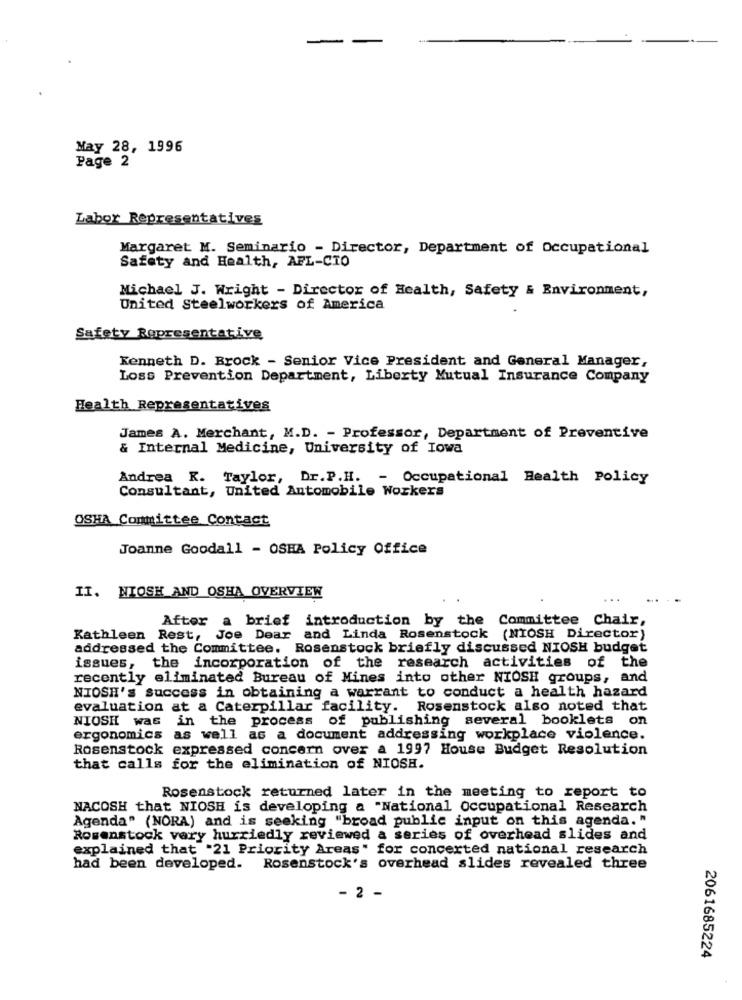
-
May 28, 1996
Page 2
Labor Representatives
Margaret M. Seminario - Director, Department of Occupational
Safety and Health, AFL-CIO
Michael J. Wright - Director of Health, Safety & Environment,
United Steelworkers of America
Safety Representative
Kenneth D. Brock - Senior Vice President and General Manager,
Loss Prevention Department, Liberty Mutual Insurance Company
Health Representatives
James A. Merchant, M.D. - Professor, Department of Preventive
& Internal Medicine, University of Iowa
Andrea K. Taylor, Dr.P.H. - Occupational Health Policy
Consultant, United Antomobile Workers
OSHA Committee Contact
Joanne Goodall - OSHA Policy Office
II. NIOSH AND OSHA OVERVIEW
After a brief introduction by the Committee Chair,
Kathleen Rest, Joe Dear and Linda Rosenstock (NIOSH Director)
addressed the Committee. Rosenstock briefly discussed NIOSH budget
issues, the incorporation of the research activities of the
recently eliminated Bureau of Mines into other NIOSH groups, and
NIOSH's success in obtaining a warrant to conduct a health hazard
evaluation at a Caterpillar facility. Rosenstock also noted that
NIOSH was in the process of publishing several booklets on
ergonomics as well as a document addressing workplace violence.
Rosenstock expressed concern over a 1997 House Budget Resolution
that calls for the elimination of NIOSH.
Rosenstock returned later in the meeting to report to
NACOSH that NIOSH is developing a "National Occupational Research
Agenda" (NORA) and is seeking "broad public input on this agenda. "
Rosenstock very hurriedly reviewed a series of overhead slides and
explained that "21 Priority Areas" for concerted national research
had been developed. Rosenstock's overhead slides revealed three
- 2 -
2061685224